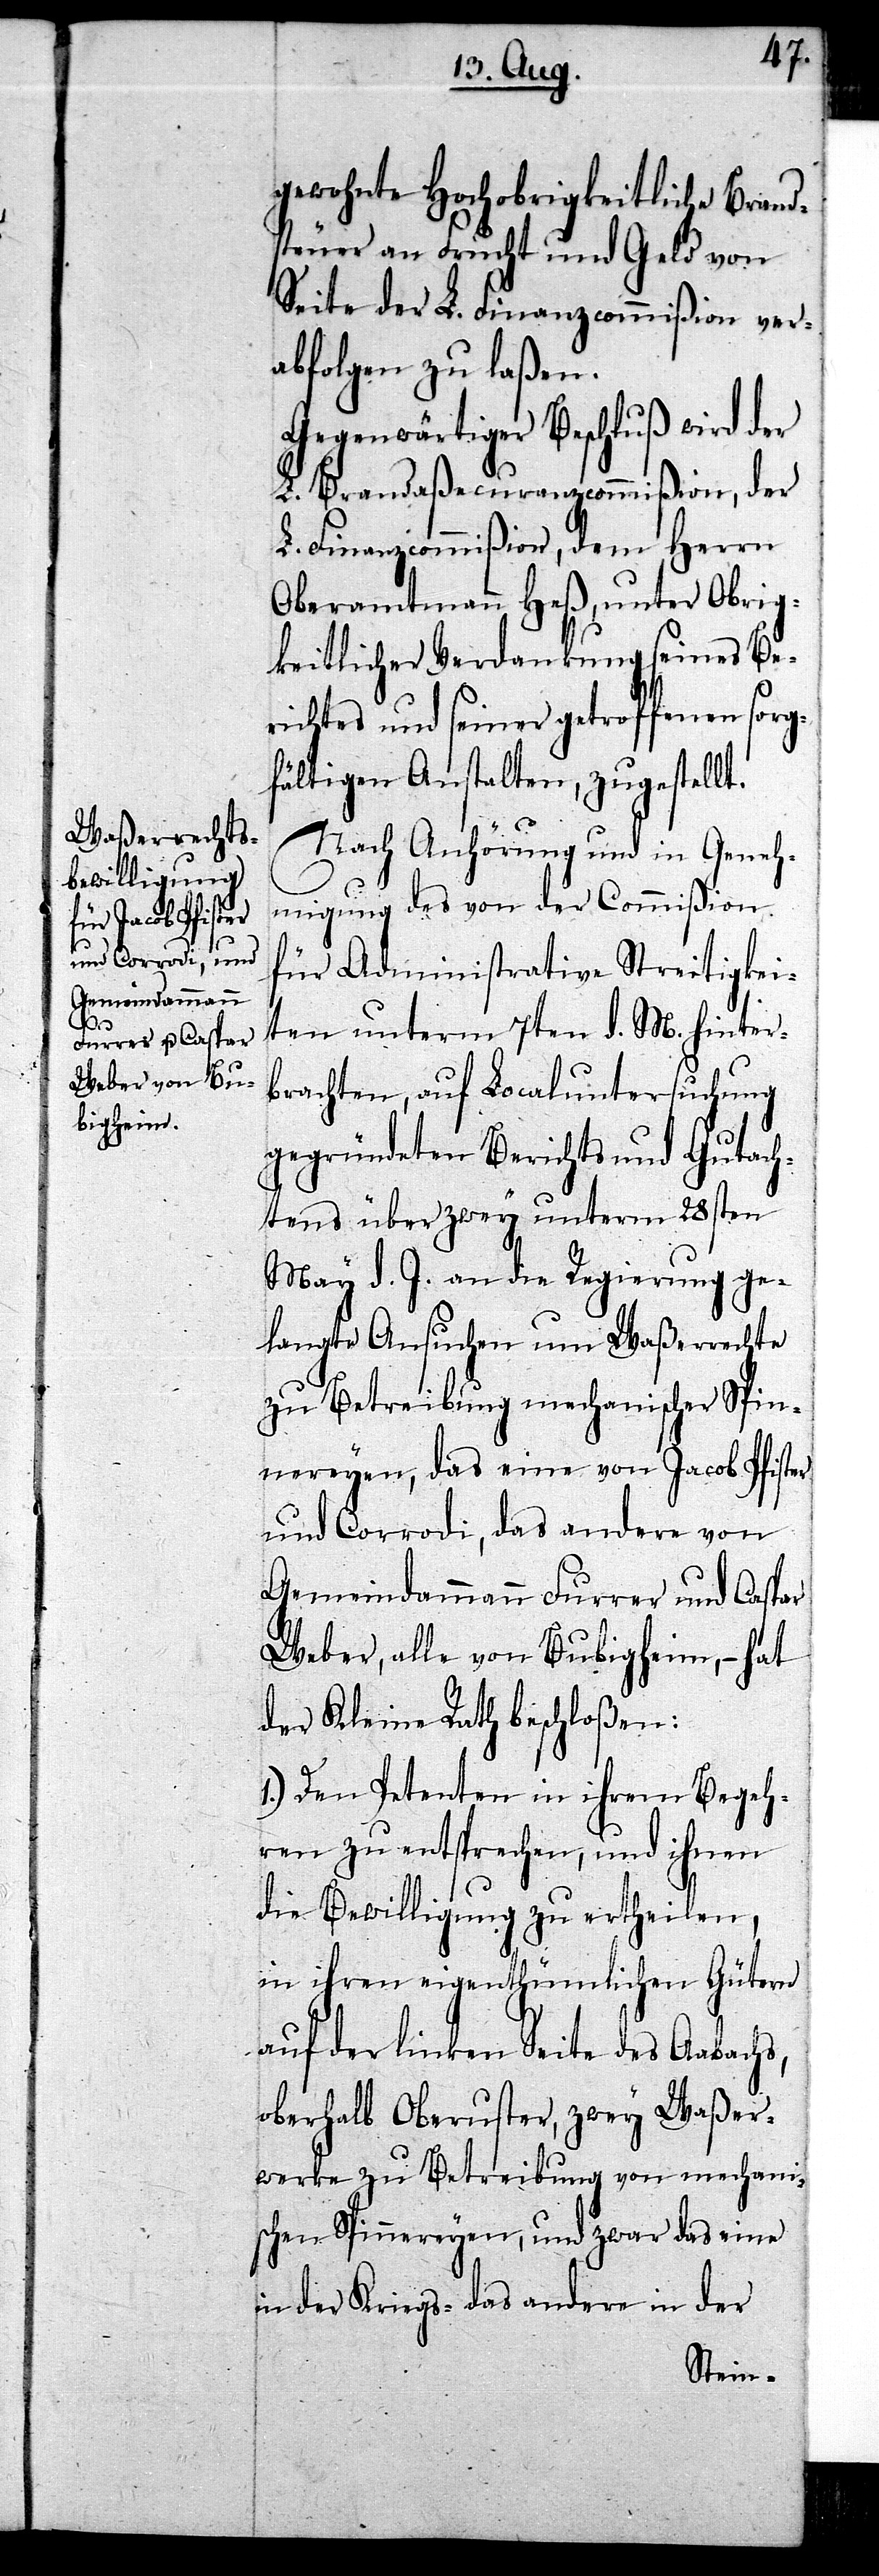
gewohnte Hochobrigkeitliche Brand¬
steuer an Frucht und Geld von
Seite der L. Finanzcommißion ver¬
abfolgen zu laßen.
Gegenwärtiger Beschluß wird der
L. Brandaßecuranzcommißion, der
L. Finanzcommißion, dem Herrn
Oberamtmann Heß, unter Obrig¬
keitlicher Verdankung seines Be¬
richtes und seiner getroffenen sorg¬
fältigen Anstalten, zugestellt.
Nach Anhörung und in Geneh¬
migung des von der Commißion
für Administrative Streitigkei¬
ten unterm 7ten d. M. hinter¬
brachten, auf Localuntersuchung
gegründeten Berichts und Gutach¬
tens über zwey unterm 28sten
May d. J. an die Regierung ge¬
langte Ansuchen um Waßerrechte
zu Betreibung mechanischer Spin¬
nereyen, das eine von Jacob Pfister
und Corrodi, das andere von
Gemeindammann Furrer und Caspar
Weber, alle von Bubigheim, – hat
der Kleine Rath beschloßen:
1.) Den Petenten in ihrem Begeh¬
ren zu entsprechen, und ihnen
die Bewilligung zu ertheilen,
in ihren eigenthümlichen Gütern
auf der linken Seite des Aabachs,
oberhalb Oberuster, zwey Waßer¬
werke zu Betreibung von mechani¬
schen Spinnereyen, und zwar das eine
in der Kriegs- das andere in der